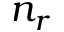
n _ { r }